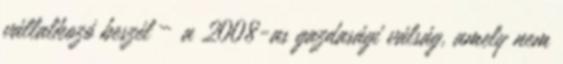
vállalkozó beszél – a 2008-as gazdasági válság, amely nem